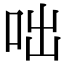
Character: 咄